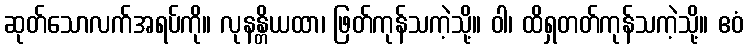
ဆုတ်သောလက်အရပ်ကို။ လုနန္တိယထာ၊ ဖြတ်ကုန်သကဲ့သို့။ ဝါ၊ ထိရှတတ်ကုန်သကဲ့သို့။ ဧဝံ